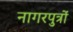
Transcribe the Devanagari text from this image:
नागरपुत्रों